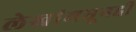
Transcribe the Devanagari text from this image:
लेखांमधूनही